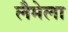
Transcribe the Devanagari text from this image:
लैमेला